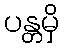
ပန္တမှိ